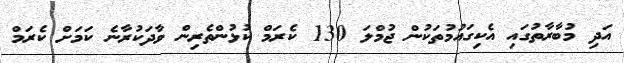
އަދި މުބާރާތުގައި އެކިގައުމުތަކުން ޖުމްލަ 130 ކެރަމް ކުޅުންތެރިން ވާދަކުރާނެ ކަމަށް ކެރަމް